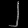
Digit: ၂